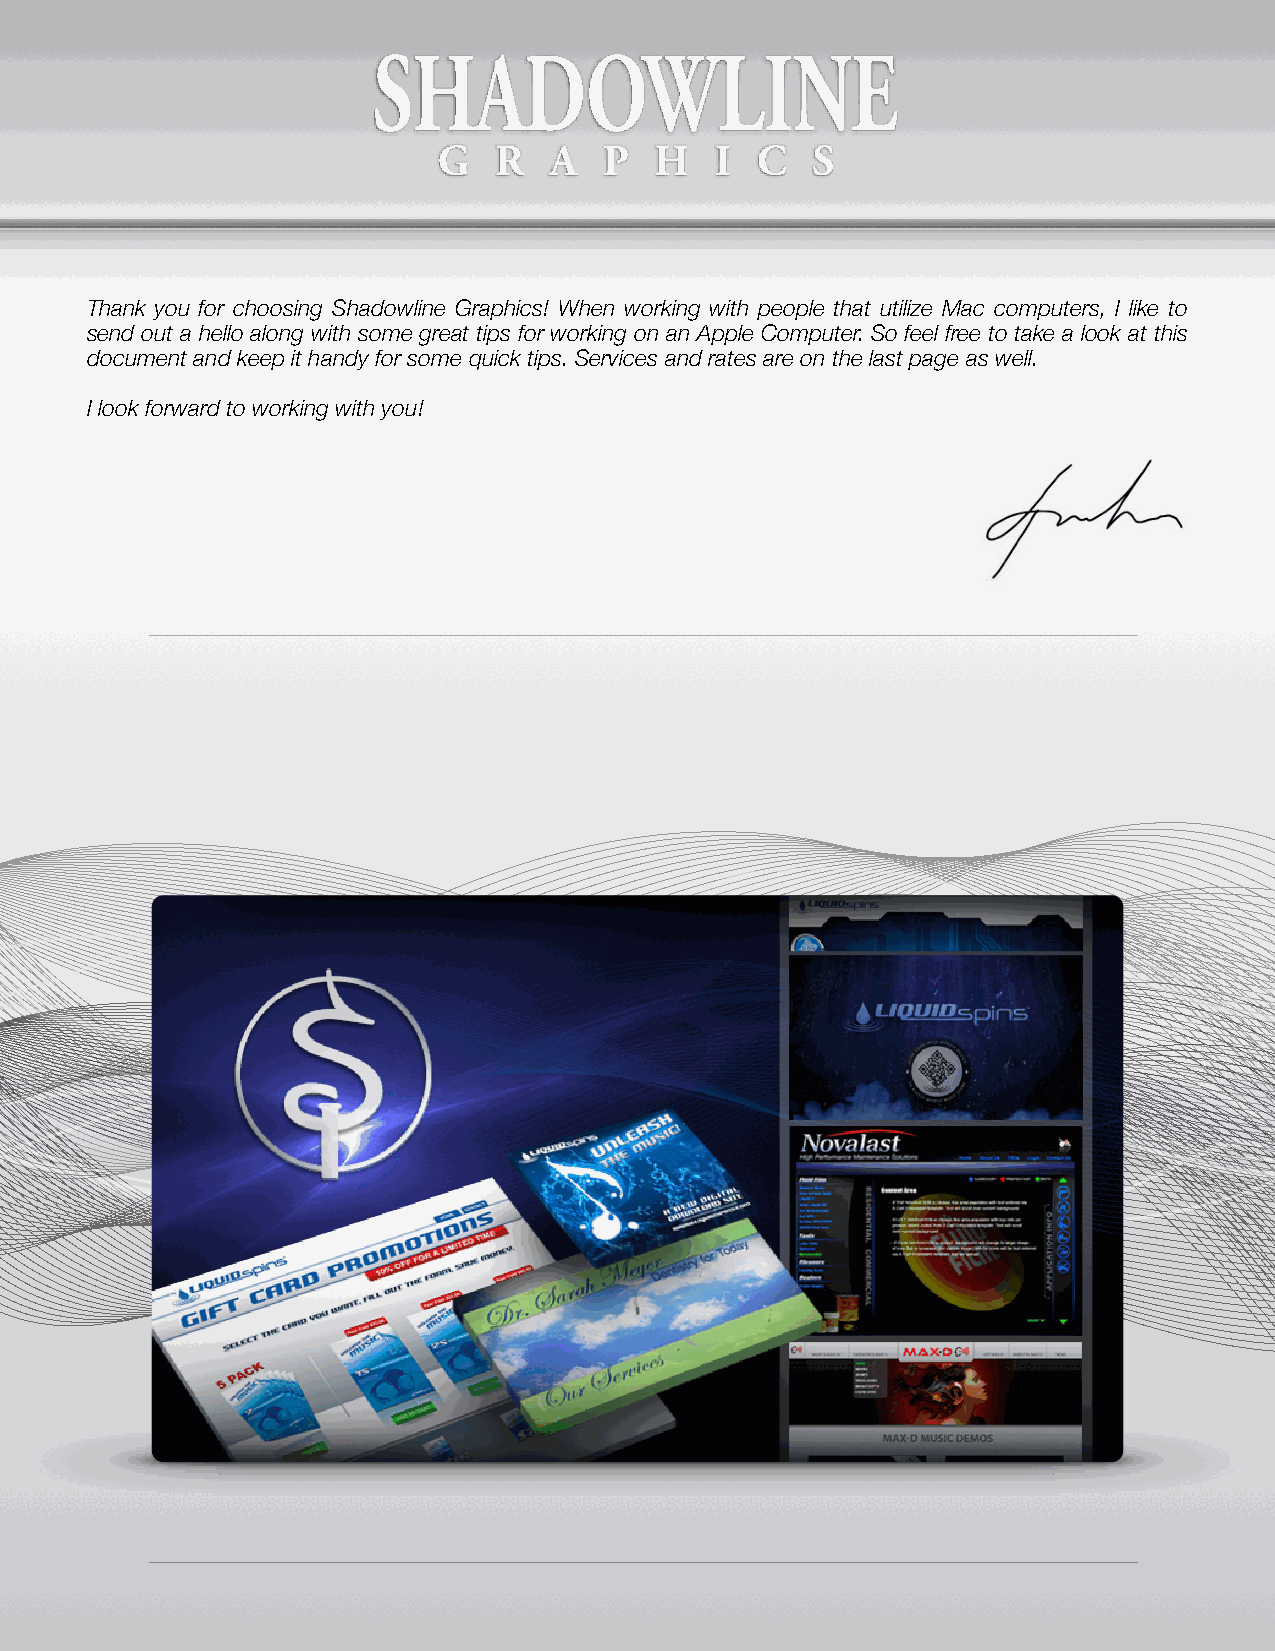
Thank you for choosing Shadowline Graphics! When working with people that utilize Mac computers, I like to
 send out a hello along with some great tips for working on an Apple Computer. So feel free to take a look at this
 document and keep it handy for some quick tips. Services and rates are on the last page as well.
 I look forward to working with you!